Civil Veterinary Dept. Assam report 1927-50 - 1927-1950
Year: 1927
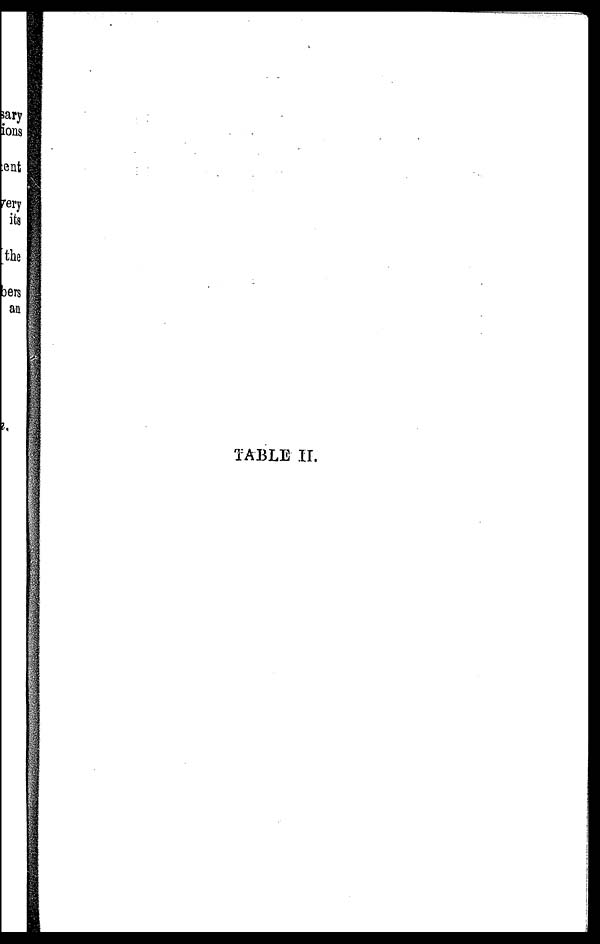
TABLE II.